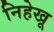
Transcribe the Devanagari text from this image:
निहेखू